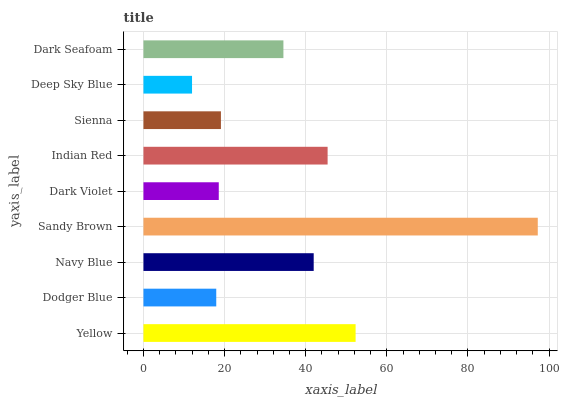
| yaxis_label | bars |
 | --- | --- |
 | Yellow | 52.3 |
 | Dodger Blue | 17.9 |
 | Navy Blue | 42 |
 | Sandy Brown | 97.2 |
 | Dark Violet | 18.6 |
 | Indian Red | 45.4 |
 | Sienna | 19.1 |
 | Deep Sky Blue | 12 |
 | Dark Seafoam | 34.5 |